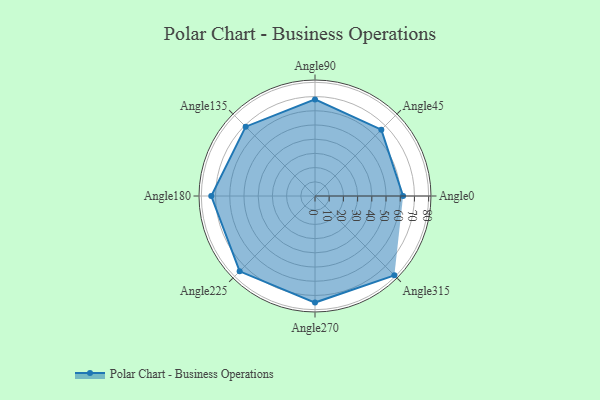
{"axis": {"x": "Angle", "y": "Radius"}, "legend": [""], "data": [{"x": "Angle0", "y": 62.0, "type": ""}, {"x": "Angle45", "y": 66.0, "type": ""}, {"x": "Angle90", "y": 68.0, "type": ""}, {"x": "Angle135", "y": 69.0, "type": ""}, {"x": "Angle180", "y": 73.0, "type": ""}, {"x": "Angle225", "y": 75.0, "type": ""}, {"x": "Angle270", "y": 75.0, "type": ""}, {"x": "Angle315", "y": 79.0, "type": ""}]}